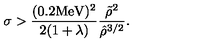
\sigma > \frac { ( 0 . 2 \mathrm { M e V } ) ^ { 2 } } { 2 ( 1 + \lambda ) } \frac { \tilde { \rho } ^ { 2 } } { \hat { \rho } ^ { 3 / 2 } } .